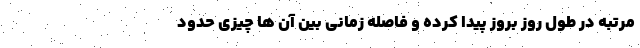
مرتبه در طول روز بروز پیدا کرده و فاصله زمانی بین آن ها چیزی حدود